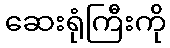
ဆေးရုံကြီးကို